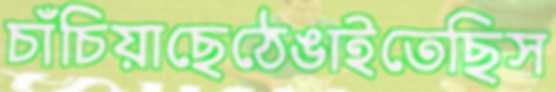
চাঁচিয়াছেঠেঙাইতেছিস